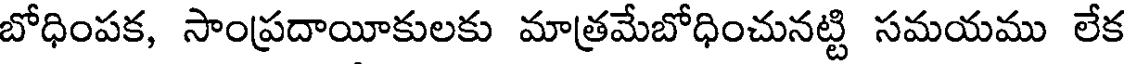
బోధింపక, సాంప్రదాయీకులకు మాత్రమేబోధించునట్టి సమయము లేక